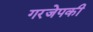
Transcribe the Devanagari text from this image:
गरजेपकी